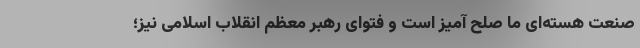
صنعت هسته‌ای ما صلح آمیز است و فتوای رهبر معظم انقلاب اسلامی نیز؛